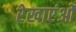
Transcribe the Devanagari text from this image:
रेखाएंओं